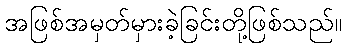
အဖြစ်အမှတ်မှားခဲ့ခြင်းတို့ဖြစ်သည်။